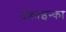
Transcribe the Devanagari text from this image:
उक्राइन्का